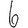
Digit: 6